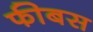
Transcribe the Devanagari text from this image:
फीबस